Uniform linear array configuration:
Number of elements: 4
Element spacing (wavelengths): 1
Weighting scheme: blackman
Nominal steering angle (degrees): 30
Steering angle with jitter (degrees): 30.443
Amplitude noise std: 0.05
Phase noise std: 0.05

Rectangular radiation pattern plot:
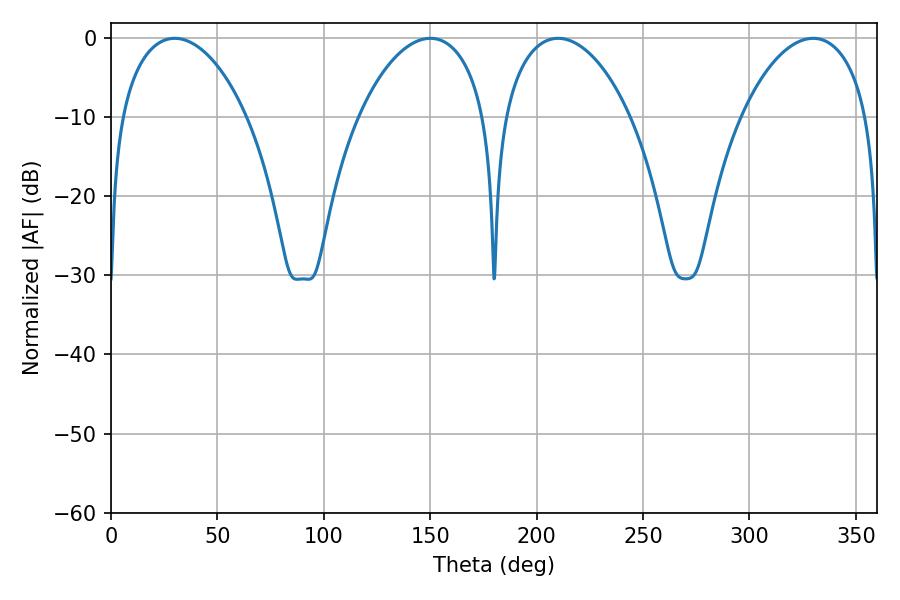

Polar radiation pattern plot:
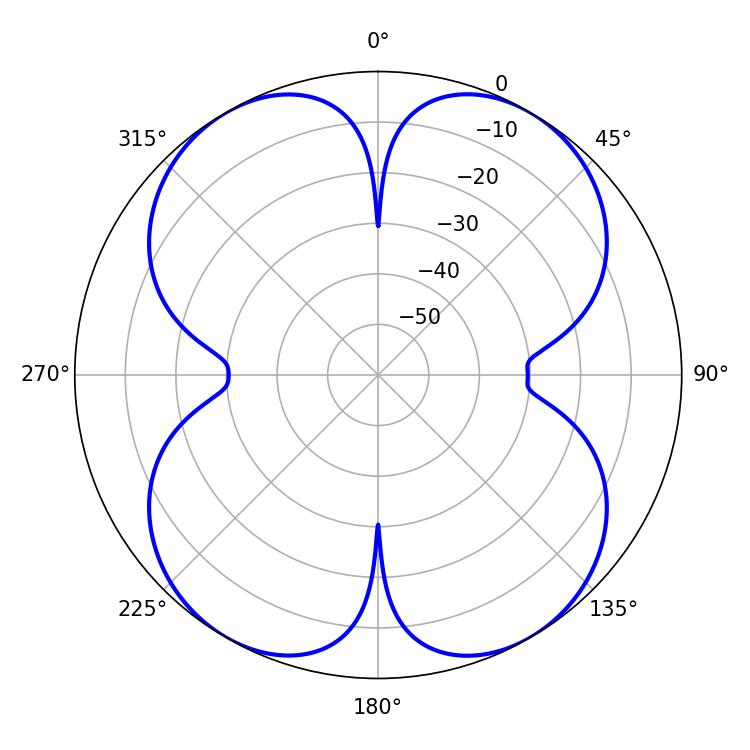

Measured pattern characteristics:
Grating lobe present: TRUE
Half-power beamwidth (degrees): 34.02
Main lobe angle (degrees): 210.06